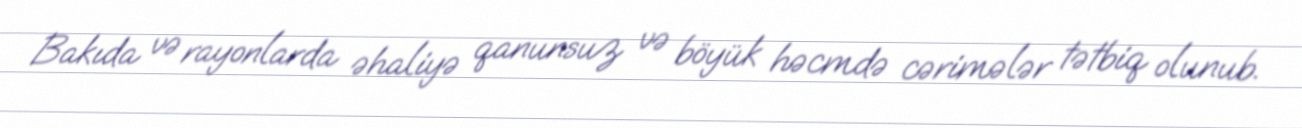
Bakıda və rayonlarda əhaliyə qanunsuz və böyük həcmdə cərimələr tətbiq olunub.